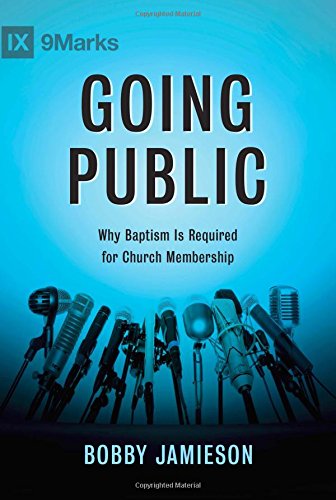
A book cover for Going Public: Why Baptism Is Required for Church Membership; Bobby Jamieson; Christian Books & Bibles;